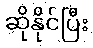
ဆိုနိုင်ပြီး